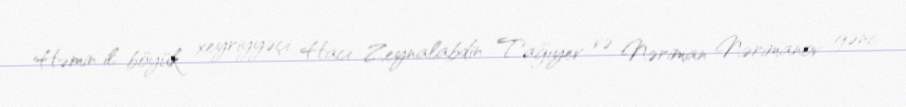
Həmin il böyük xeyriyyəçi Hacı Zeynalabdin Tağıyev və Nəriman Nərimanov gənc